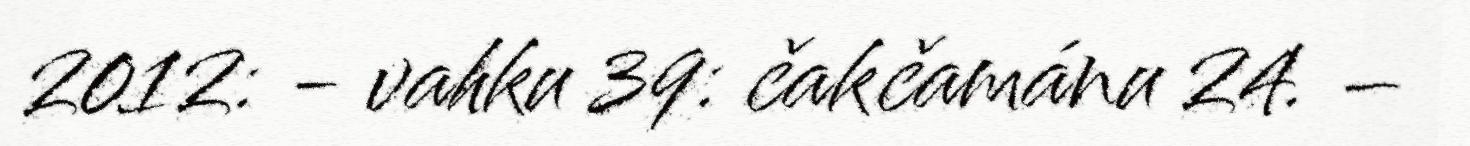
2012: - vahku 39: čakčamánu 24. –